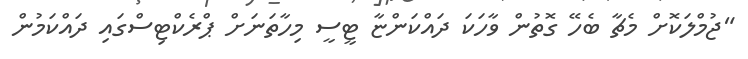
"ޖުމްލަކޮށް މެޗާ ބެހޭ ގޮތުން ވާހަކަ ދައްކަންޏާ ޓީސީ މިހާތަނަށް ޕްރެކްޓިސްގައި ދައްކަމުން